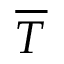
\overline { T }